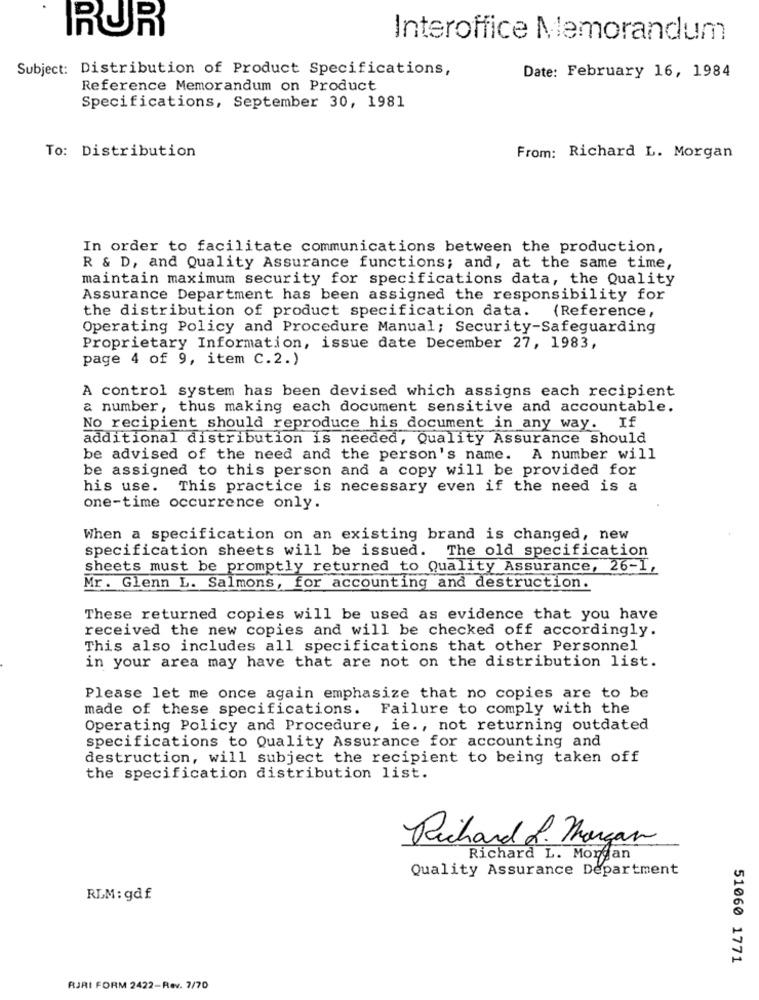
RUR
Interoffice Memorandum
Subject: Distribution of Product Specifications,
Date: February 16, 1984
Reference Memorandum on Product
Specifications, September 30, 1981
To: Distribution
From: Richard L. Morgan
In order to facilitate communications between the production,
R & D, and Quality Assurance functions; and, at the same time,
maintain maximum security for specifications data, the Quality
Assurance Department has been assigned the responsibility for
the distribution of product specification data. (Reference,
Operating Policy and Procedure Manual; Security-Safeguarding
Proprietary Information, issue date December 27, 1983,
page 4 of 9, item C.2.)
A control system has been devised which assigns each recipient
a number, thus making each document sensitive and accountable.
No recipient should reproduce his document in any way. If
additional distribution is needed, Quality Assurance should
be advised of the need and the person's name. A number will
be assigned to this person and a copy will be provided for
his use. This practice is necessary even if the need is a
one-time occurrence only.
When a specification on an existing brand is changed, new
specification sheets will be issued. The old specification
sheets must be promptly returned to Quality Assurance, 26-1,
Mr. Glenn L. Salmons, for accounting and destruction.
These returned copies will be used as evidence that you have
received the new copies and will be checked off accordingly.
This also includes all specifications that other Personnel
in your area may have that are not on the distribution list.
Please let me once again emphasize that no copies are to be
made of these specifications. Failure to comply with the
Operating Policy and Procedure, ie ., not returning outdated
specifications to Quality Assurance for accounting and
destruction, will subject the recipient to being taken off
the specification distribution list.
Richard L. Morgan
Richard L. Morgan
Quality Assurance Department
RLM: gdf
51060 1771
RJRI FORM 2422-Rev. 7/70